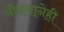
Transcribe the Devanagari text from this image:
नौदलानेही